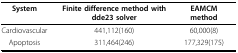
<table><thead><tr><td><b>System</b></td><td><b>Finite difference method with dde23 solver</b></td><td><b>EAMCM method</b></td><td></td></tr></thead><tbody><tr><td>Cardiovascular</td><td>441,112(160)</td><td>60,000(8)</td><td></td></tr><tr><td>Apoptosis</td><td>311,464(246)</td><td>177,329(175)</td><td></td></tr></tbody></table>